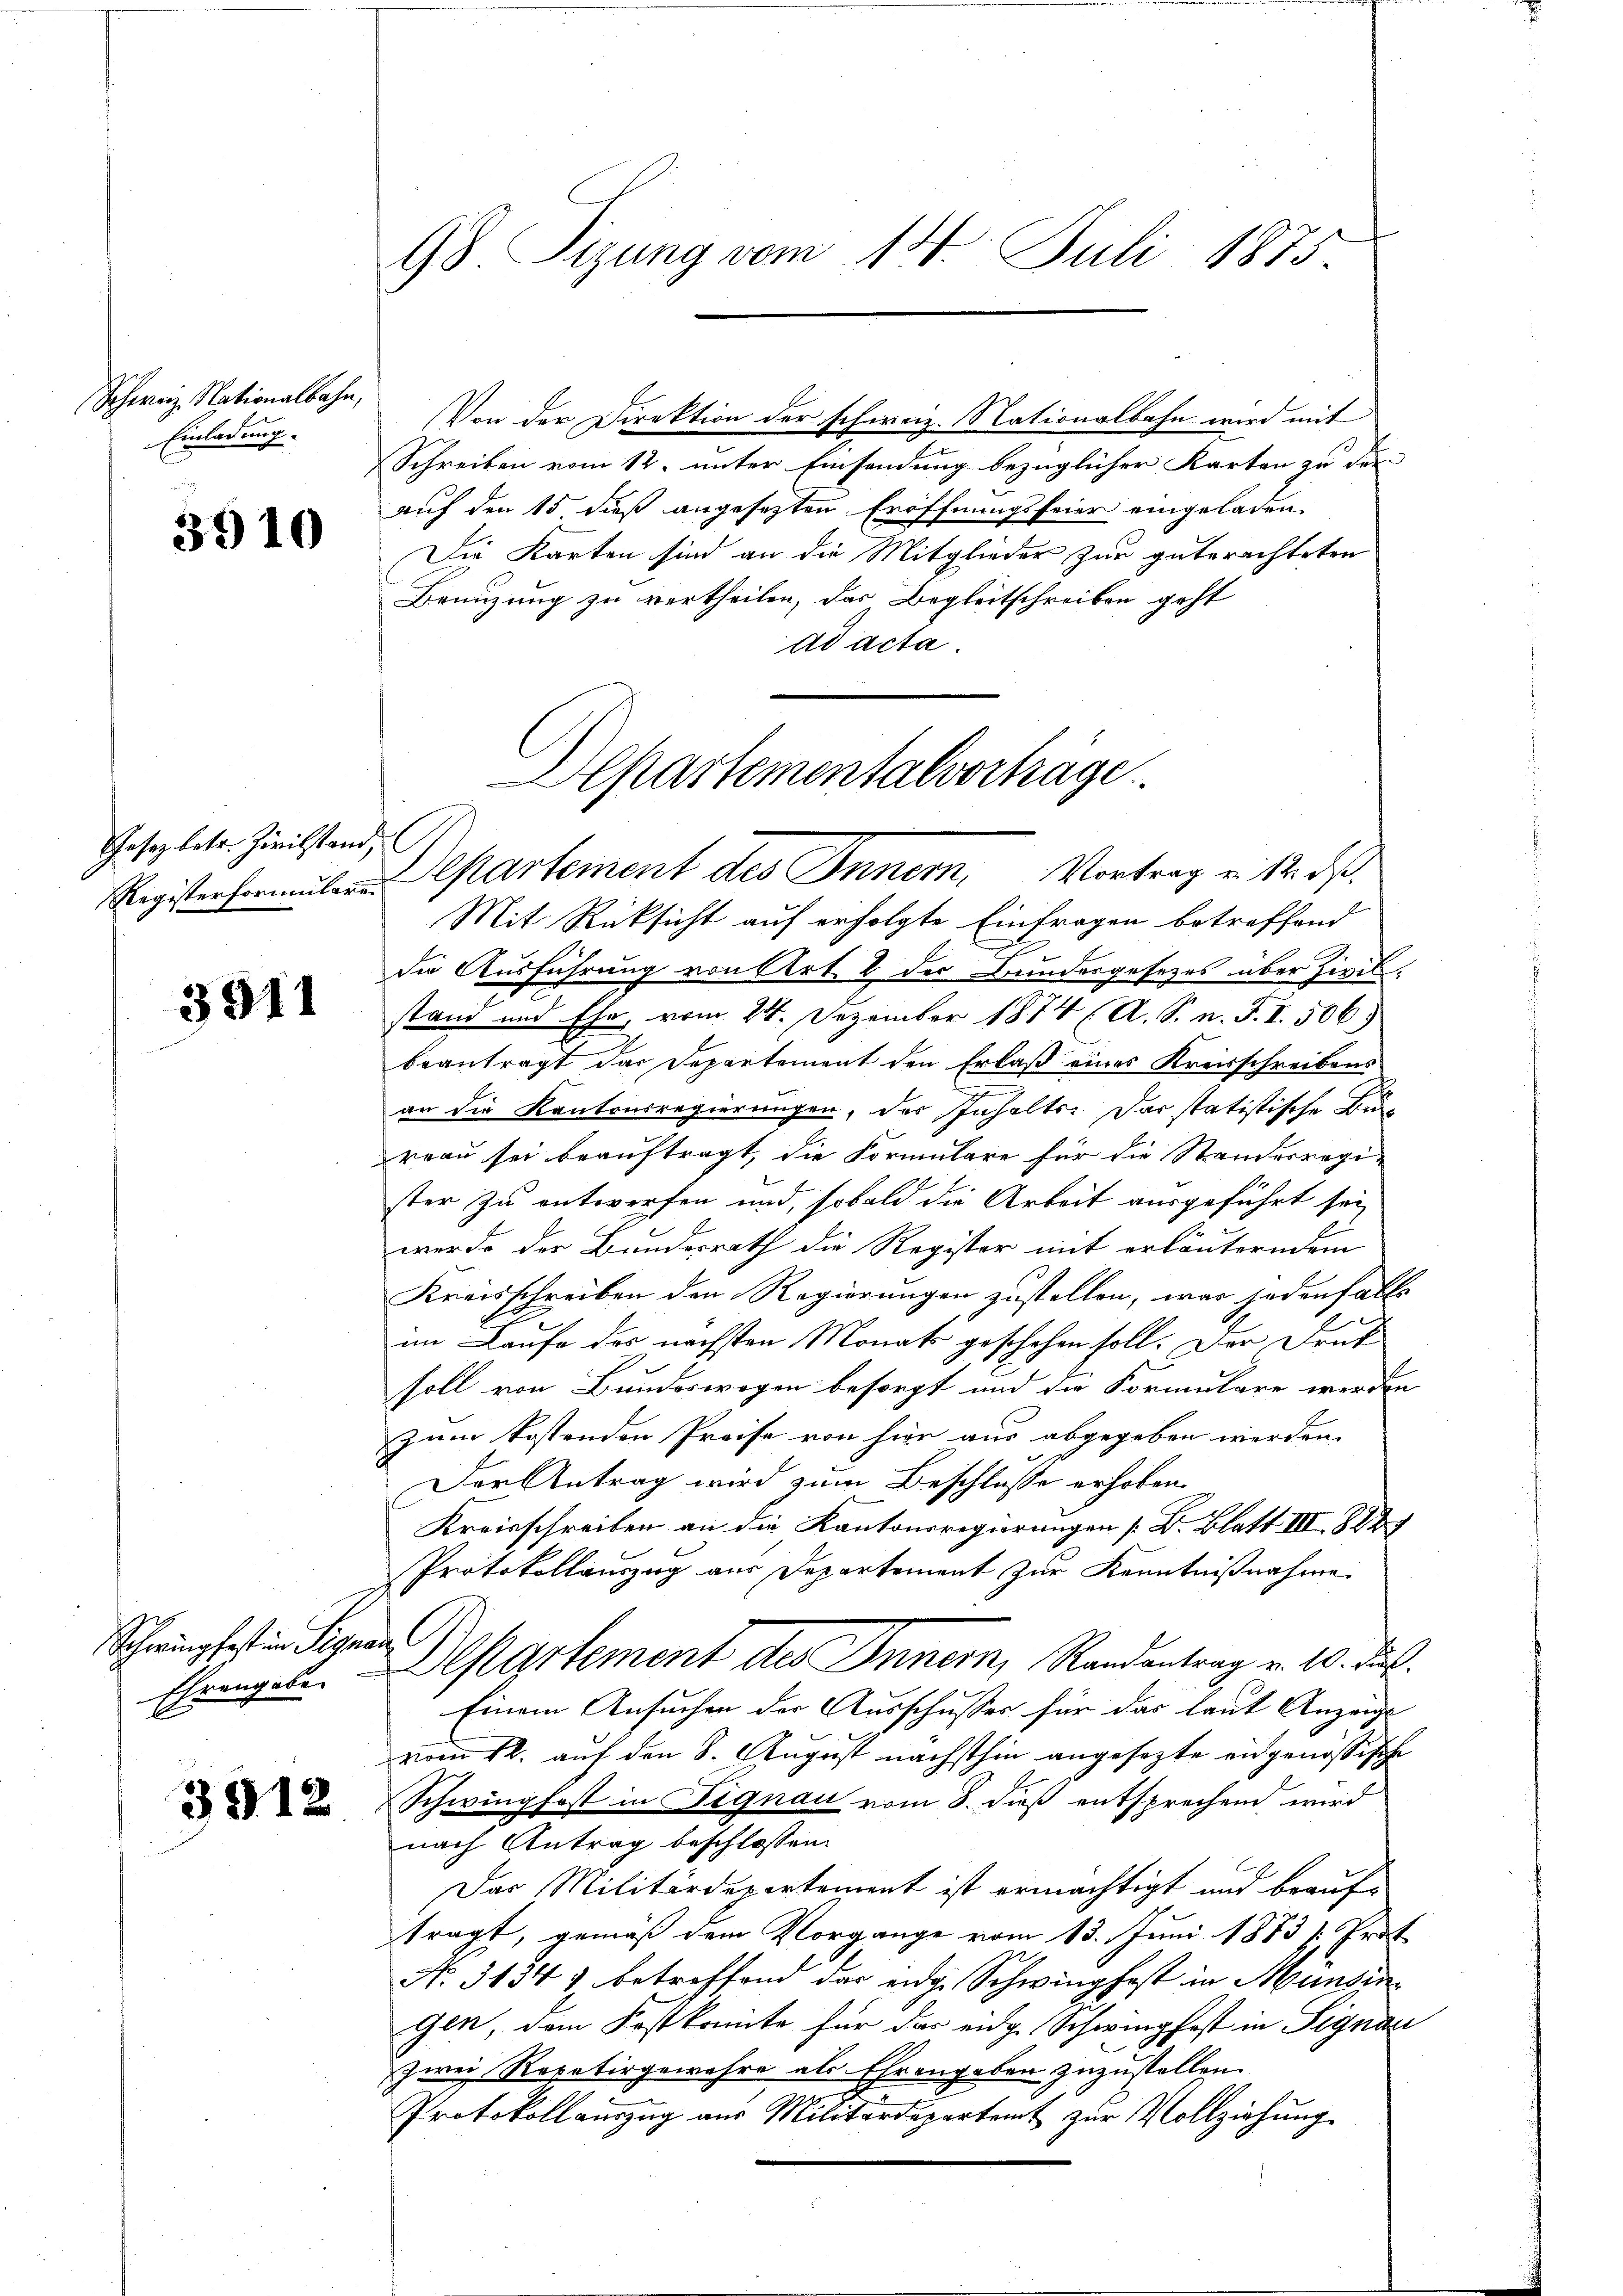
Schweiz. Nationalbahn,
Einladung.

3910

Gesetz betr. Zivilstand,
Registerformulare

3911

Schwingfest in Signan
Ehrengabe.

3912

98. Sizung vom 14. Juli 1875.

Von der Direktion der schirenz. Nationalbahn wird mit
Schreiben vom 12. unter Einsendung bezüglicher Karten zu der
auf den 15 dieß angesezten Eröffnungsfeier eingeladen.
Die Karten sind an die Mitglieder zur getrachteten
Benuzung zu vertheilen, das Begleitschreiben geht
ad acta.
Departement des Innern, Vortrag v. 12. d.
Mit Rüksicht auf erfolgte Einfragen betreffend
die Ausführung von Art. 2 der Bundergesetzes über Zivilstand und Ehe, vom 24. Dezember 1874 (A. S. n. F. I. 506)
beantragt das Departement den Erlaß eines Kreisschreibens
an die Kantonsregierungen, das Inhalts. Das statistische Funreau sei beauftragt, die Formulare für die Standesregister zu entworfen und, sobald die Arbeit ausgeführt sei
r
werde der Bundesrath die Register mit erlauterndem
Kreisschreiben den Regierungen zustellen, was jedenfalls
im Laufe des nächsten Monats geschehen soll. Der Frut
soll von Bundeswegen besorgt und die Formulare werden
zum kostenden Preise von hier aus abgegeben werden.
Der Antrag wird zum Beschlusse erhoben.
Kreisschreiben an die Kantonsregierungen [B. Blatt III 823
Protokollauszug aus Departement zur Kenntnißnahme
Departement des Innern, Randentrag v. 10. ds.
Einem Ansuchen der Ausschusses für das laut Anzeige
vom 12. auf den 8. August nächsthin angesezte eidgenössische
Schwingfost in Fignau vom 8. dieß entsprechend wird
nach Antrag beschlossen:
Das Militärdepartement ist ermächtigt und beauftragt, gemäß dem Vorgange vom 13. Juni 1873 /: Prot
No. 3134) betreffend das eidge Schwingfest in Mundin¬
Gen, dem Festkonnte für das eidg. Schwingfest in Signau
zwei Repetirgewahre als Ehrengeben zuzustellen.
Protokollauszug aus Militärdepartent zur Vollziehung

Departementalvorträge.